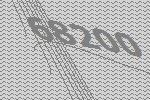
68200